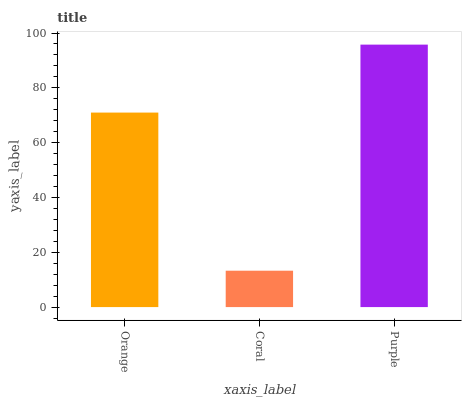
| xaxis_label | bars |
 | --- | --- |
 | Orange | 71 |
 | Coral | 13.3 |
 | Purple | 95.8 |